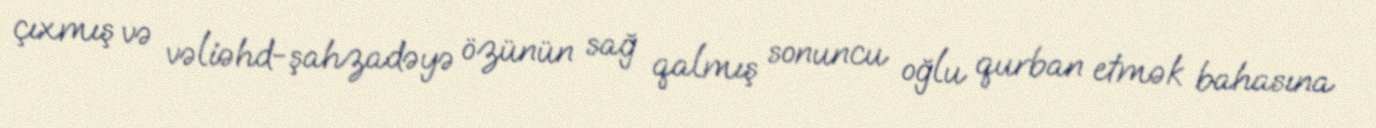
çıxmış və vəliəhd-şahzadəyə özünün sağ qalmış sonuncu oğlu qurban etmək bahasına